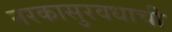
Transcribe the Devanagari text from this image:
नरकासुरवधाची